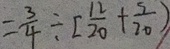
= \frac { 3 } { 4 } \div [ \frac { 1 2 } { 2 0 } + \frac { 5 } { 2 0 } )